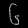
Digit: ၆